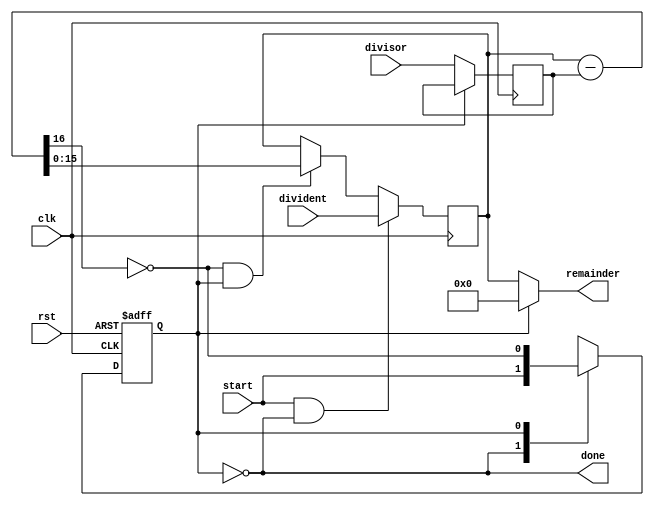
/* ----------------------------------------- *
 * Title       : Modulo                      *
 * Project     : Verilog Utility Modules     *
 * ----------------------------------------- *
 * Last Edit   : 11/04/2021                  *
 * Licence     : CERN-OHL-W                  *
 * ----------------------------------------- *
 * Description : Modules for modulo opration *
 * ----------------------------------------- */

//<divident> mod <divisor>
module modulo_sec#(
  parameter SIZE = 16,
  parameter CALCULATION_OUT = 1'b0/*1'b0 or 1'b1*/)(
  input clk,
  input rst,
  input [(SIZE-1):0] divident,
  input [(SIZE-1):0] divisor,
  input start,
  output done,
  output [(SIZE-1):0] remainder);

  reg calculating; //State reg
  wire negativeRes;
  reg [(SIZE-1):0] stepVal, divisor_reg;
  wire [(SIZE-1):0] stepRes;

  assign done = ~calculating;
  assign remainder = (done) ? stepVal : {SIZE{CALCULATION_OUT}};
  assign {negativeRes, stepRes} = {1'b0, stepVal} - {1'b0, divisor_reg};

  //Handle calculation result
  always@(posedge clk)
    begin
      if(start & done)
        begin
          stepVal <= divident;
        end
      else
        begin
          stepVal <= (~negativeRes & calculating) ? stepRes : stepVal;
        end
    end

  //Store divisor value during calculation
  always@(posedge clk)
    begin
      divisor_reg <= (done) ? divisor : divisor_reg;
    end

  //State transactions
  always@(posedge clk or posedge rst)
    begin
      if(rst)
        begin
          calculating <= 1'b0;
        end
      else
        begin
          case(calculating)
            1'b0:
              begin
                calculating <= start;
              end
            1'b1:
              begin
                calculating <= ~negativeRes;
              end
          endcase
        end
    end
endmodule